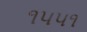
૧૫૫૧